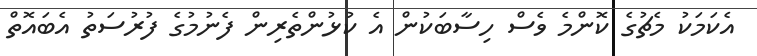
އެކަމަކު މެޗުގެ ކޮންމެ ވެސް ހިސާބަކުން އެ ކުޅުންތެރިން ފެނުމުގެ ފުރުސަތު އެބައޮތް